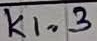
Text: K1.3